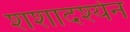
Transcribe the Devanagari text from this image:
शशादश्येन